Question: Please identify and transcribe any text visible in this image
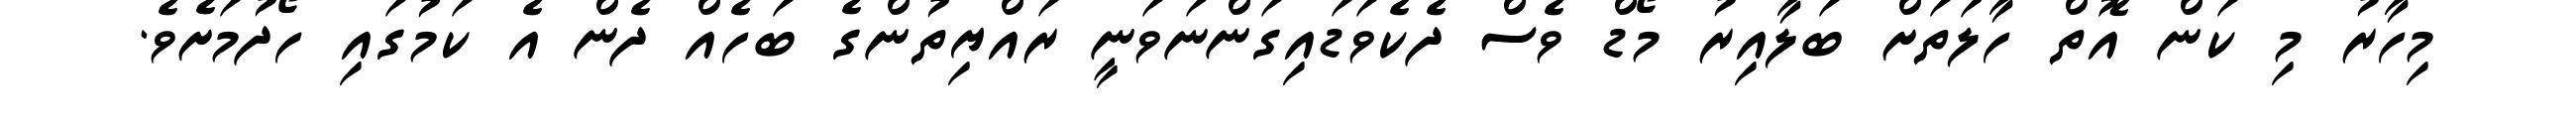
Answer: މިހާރު މި ކަން އޮތް ހާލަތަށް ބަލާއިރު މޯޑް ވެސް ދެކެވަޑައިގަންނަވަނީ ރައްޔިތުންގެ ބަހެއް ދެން އެ ކަމުގައި ހޯދުމަށެވެ.